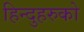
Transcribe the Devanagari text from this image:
हिन्दुहरुको